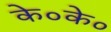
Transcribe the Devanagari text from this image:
के०के०